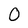
Character: 0